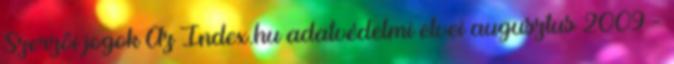
Szerzői jogok Az Index.hu adatvédelmi elvei augusztus 2009 -